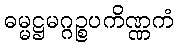
ဓမ္မဋ္ဌမဂ္ဂဉ္စပကိဏ္ဏကံ